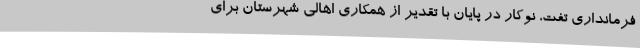
فرمانداری تفت، نوکار در پایان با تقدیر از همکاری اهالی شهرستان برای